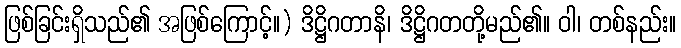
ဖြစ်ခြင်းရှိသည်၏ အဖြစ်ကြောင့်။) ဒိဋ္ဌိဂတာနိ၊ ဒိဋ္ဌိဂတတို့မည်၏။ ဝါ၊ တစ်နည်း။